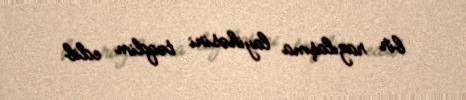
bir razılaşma layihəsini təqdim edib.